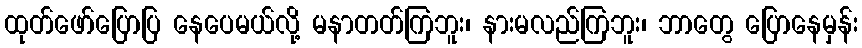
ထုတ်ဖော်ပြောပြ နေပေမယ်လို့ မနာတတ်ကြဘူး၊ နားမလည်ကြဘူး၊ ဘာတွေ ပြောနေမှန်း